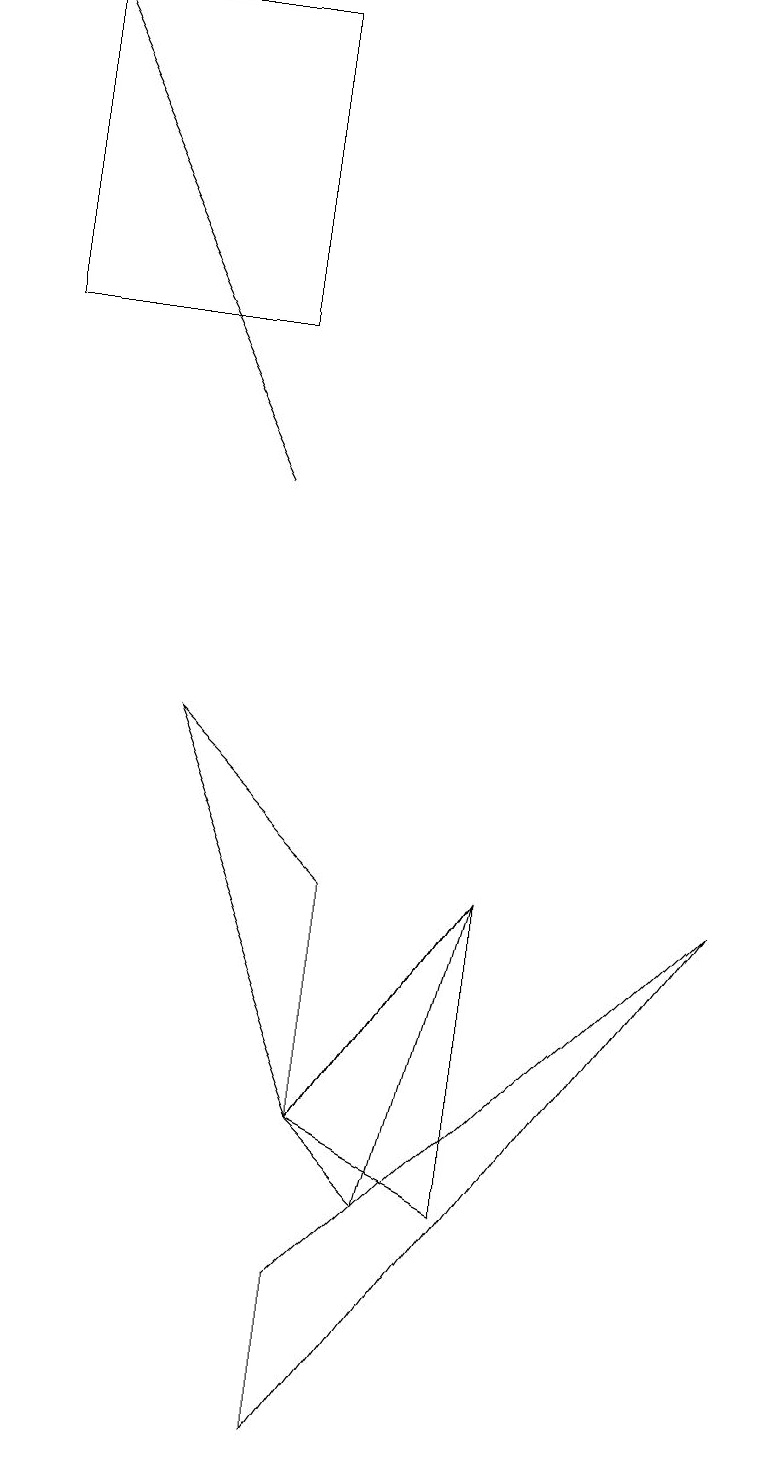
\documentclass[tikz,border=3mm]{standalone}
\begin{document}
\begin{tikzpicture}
\draw (4,4) -- (4,7) -- (2,9) -- cycle;
\draw[->] (3,12) -- (0,18);
\draw (4,2) -- (9,7) -- (4,0) -- cycle;
\draw (3,14) rectangle (0,18);
\draw (6,3) -- (6,7) -- (4,4) -- cycle;
\draw (4,4) -- (6,7) -- (5,3) -- cycle;
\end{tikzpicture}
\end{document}